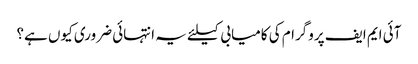
آئی ایم ایف پروگرام کی کامیابی کیلئے یہ انتہائی ضروری کیوں ہے؟